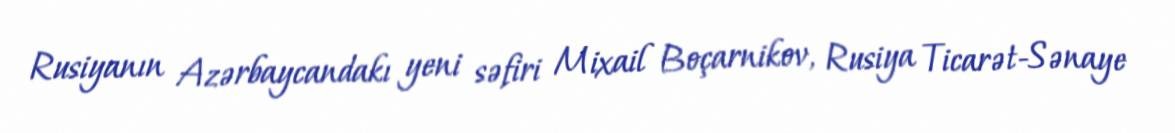
Rusiyanın Azərbaycandakı yeni səfiri Mixail Boçarnikov, Rusiya Ticarət-Sənaye